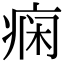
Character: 痫